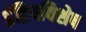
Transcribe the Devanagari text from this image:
इंद्रियविशेष